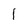
Character: 1